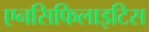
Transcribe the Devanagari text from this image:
एनसिफिलाइटिस